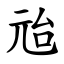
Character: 兘